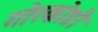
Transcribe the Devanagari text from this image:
गोरकोष्ठी